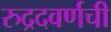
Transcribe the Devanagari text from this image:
रुद्रदवर्णची